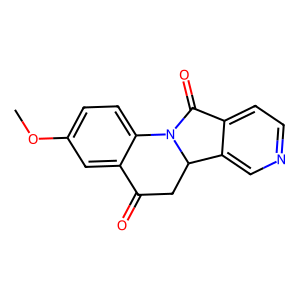
SMILES: COc1ccc2c(c1)C(=O)CC1c3cnccc3C(=O)N21
Inhibits HIV replication: No